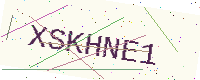
Text: XSKHNE1